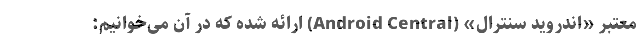
معتبر «اندروید سنترال» (Android Central) ارائه شده که در آن می‌خوانیم: